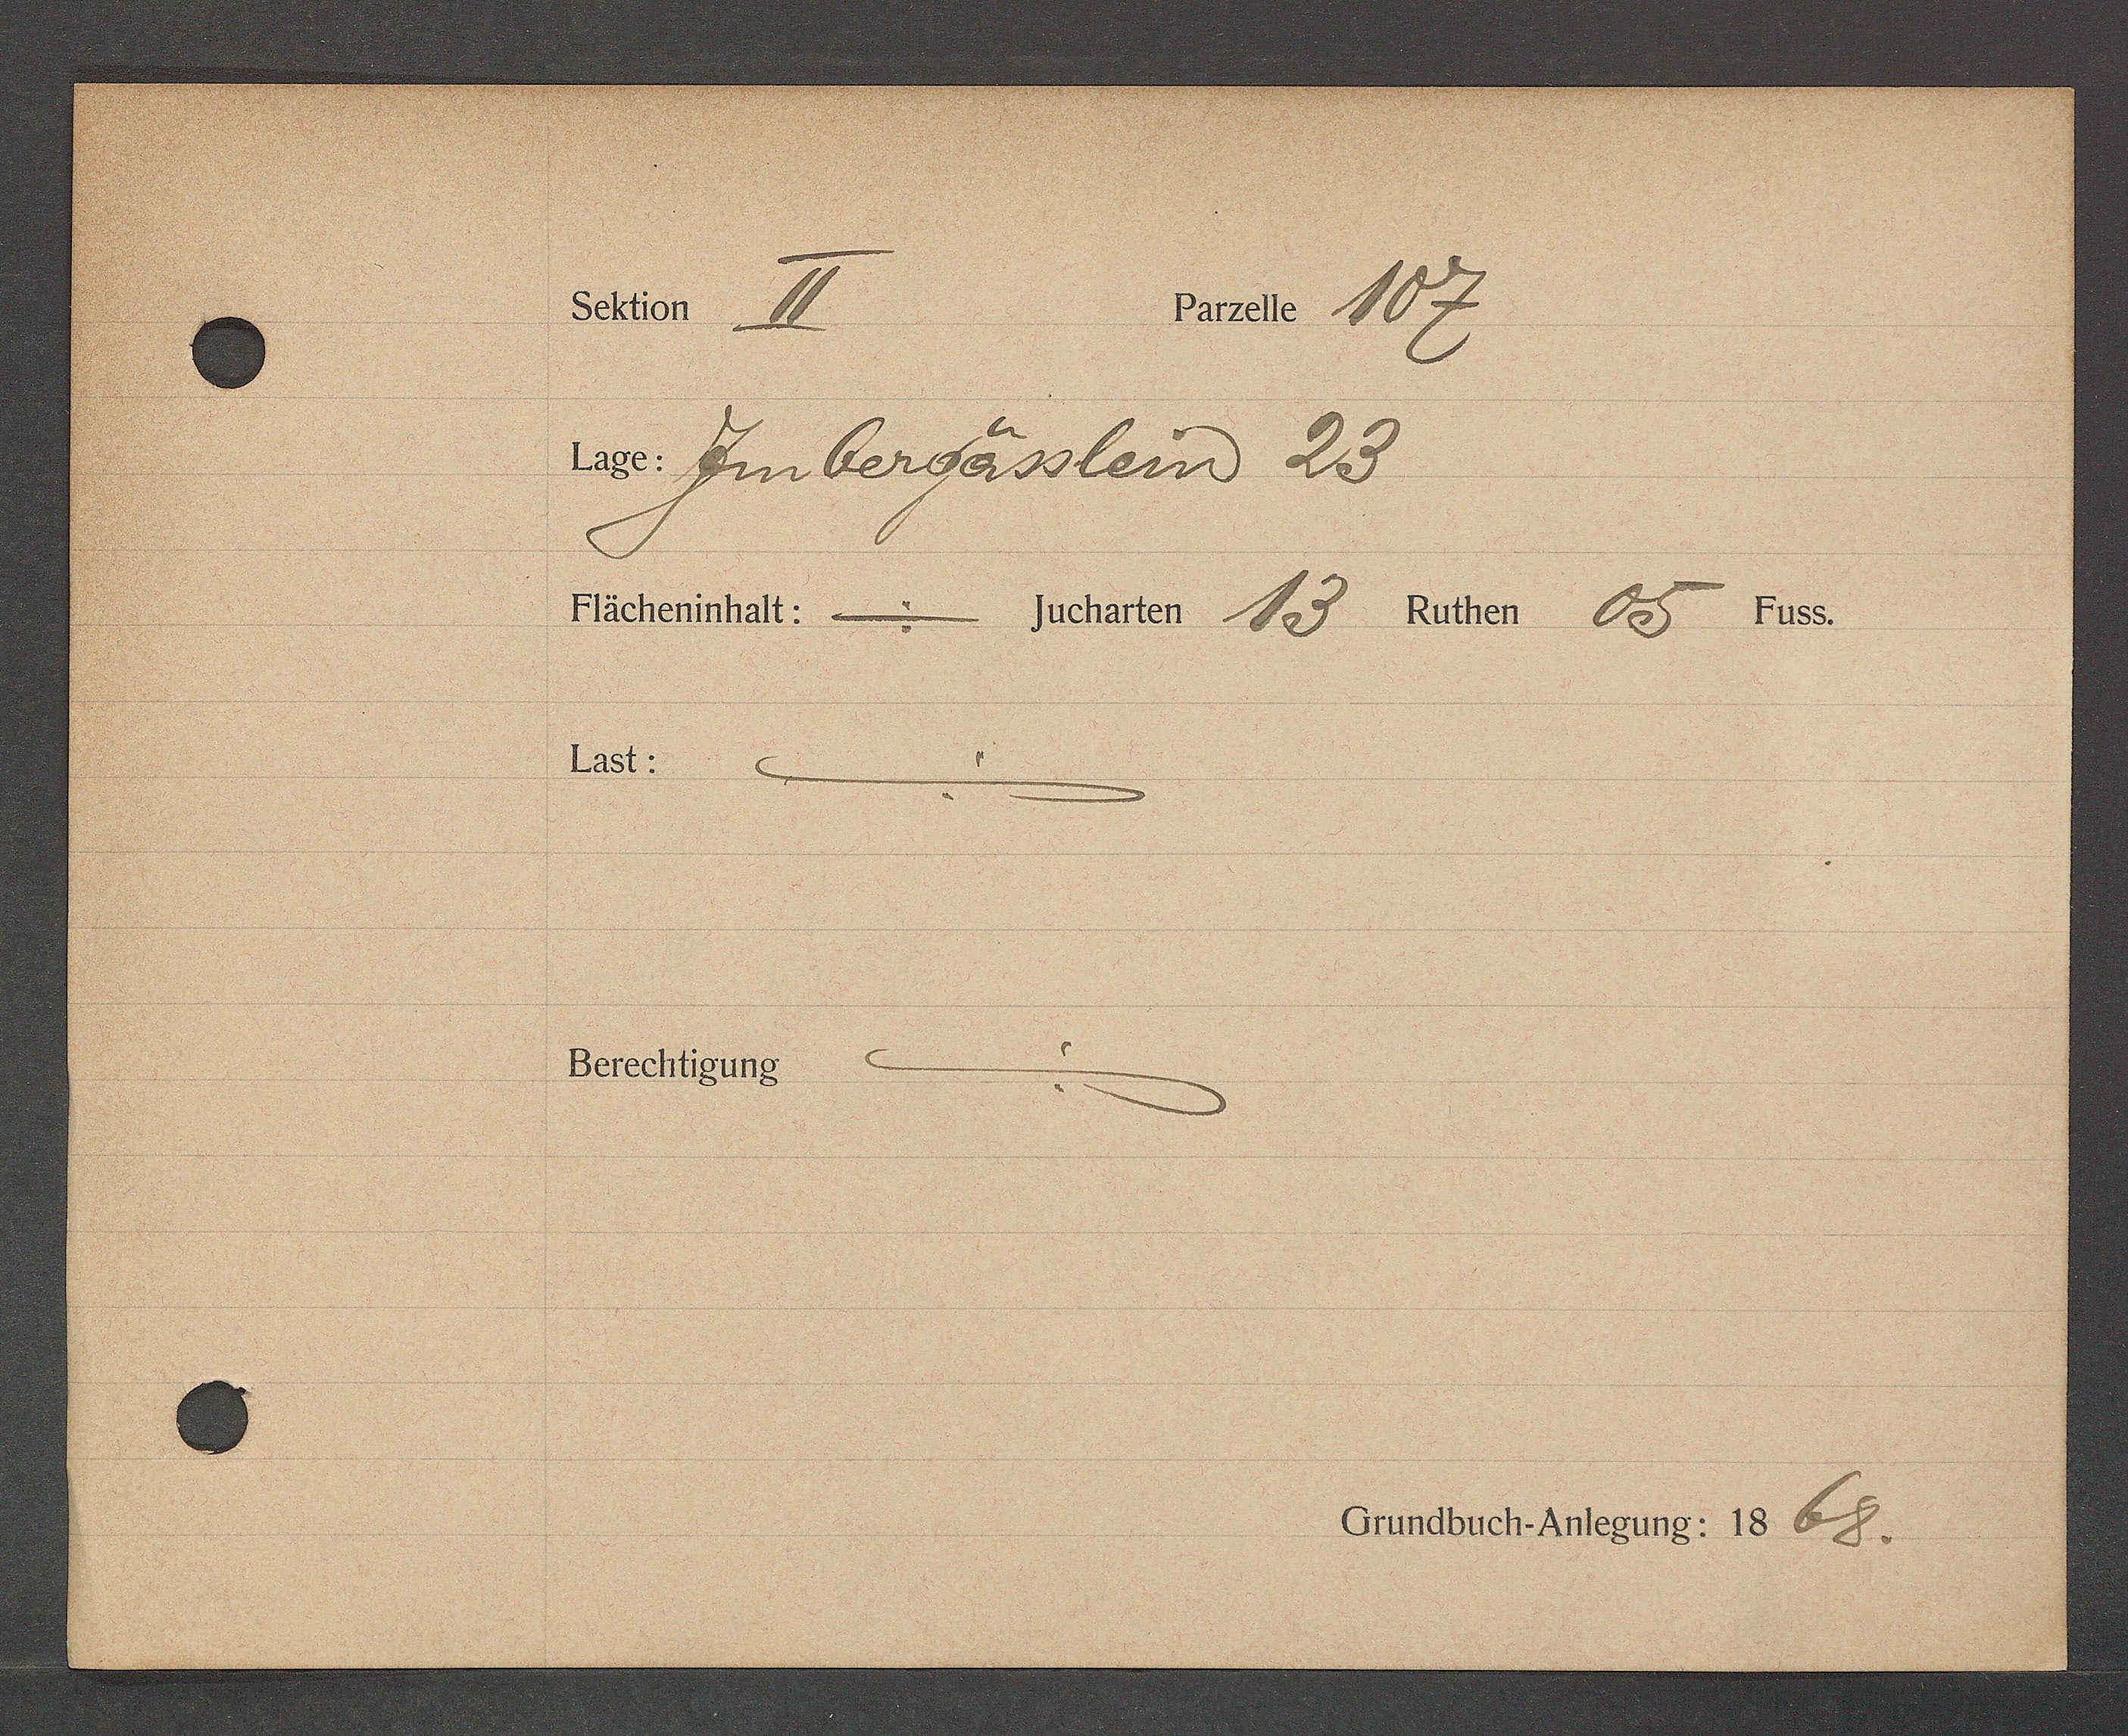
Transcript:
seher ℔
Prnate 107.
w. Zinbergässlein 23.
Dächerinhalt: m sucharten Ped Ruther 4e pus5.
1251.
Berechtiguns

Crundbuch Anteourg: 18 68.